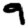
Digit: 9